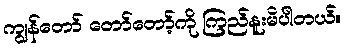
ကျွန်တော် တော်တော့်ကို ကြည်နူးမိပါတယ်။